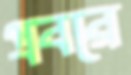
প্রবরে